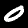
Label: 0